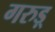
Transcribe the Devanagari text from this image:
गरुड़्